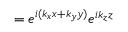
= e ^ { i ( k _ { x } x + k _ { y } y ) } e ^ { i k _ { z } z }